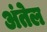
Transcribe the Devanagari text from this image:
अंतेल